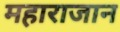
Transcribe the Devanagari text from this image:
महाराजान